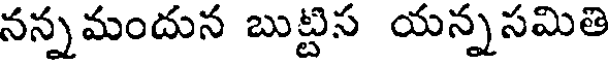
నన్నమందున బుట్టిస యన్నసమితి